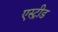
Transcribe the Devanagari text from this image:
एस्ट्रीड